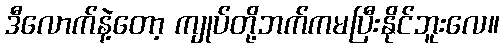
ဒီလောက်နဲ့တော့ ကျုပ်တို့ဘက်ကမပြီးနိုင်ဘူးလေ။